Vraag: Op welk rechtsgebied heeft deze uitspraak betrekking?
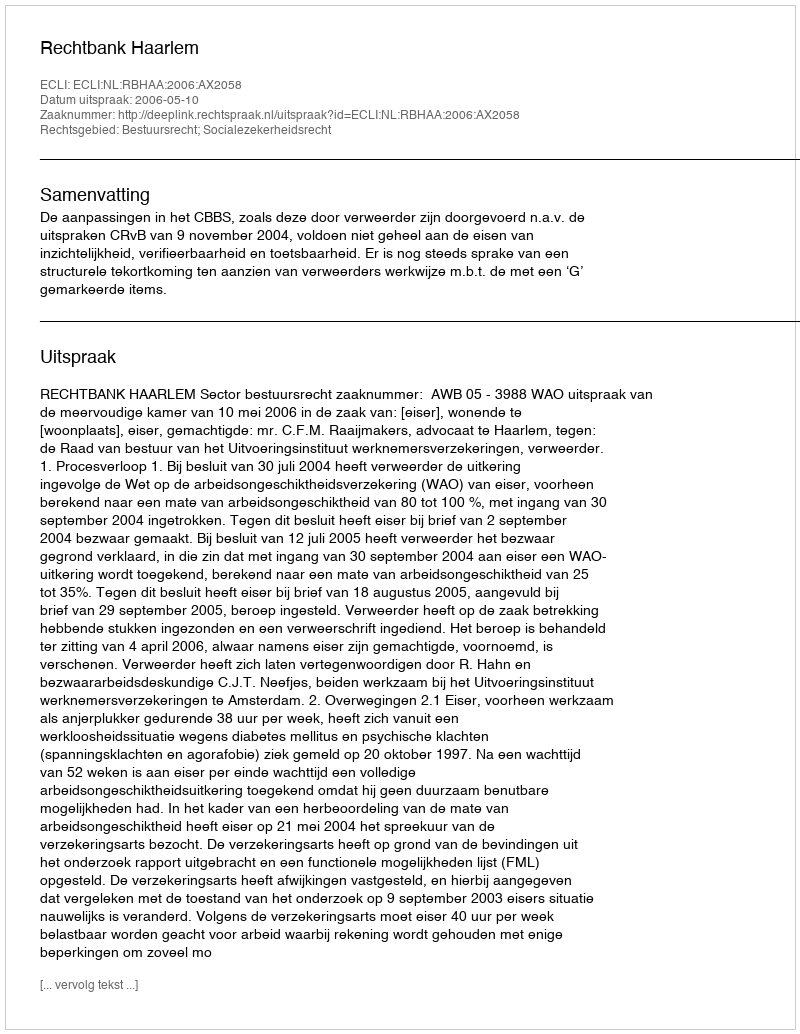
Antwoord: Bestuursrecht; Socialezekerheidsrecht